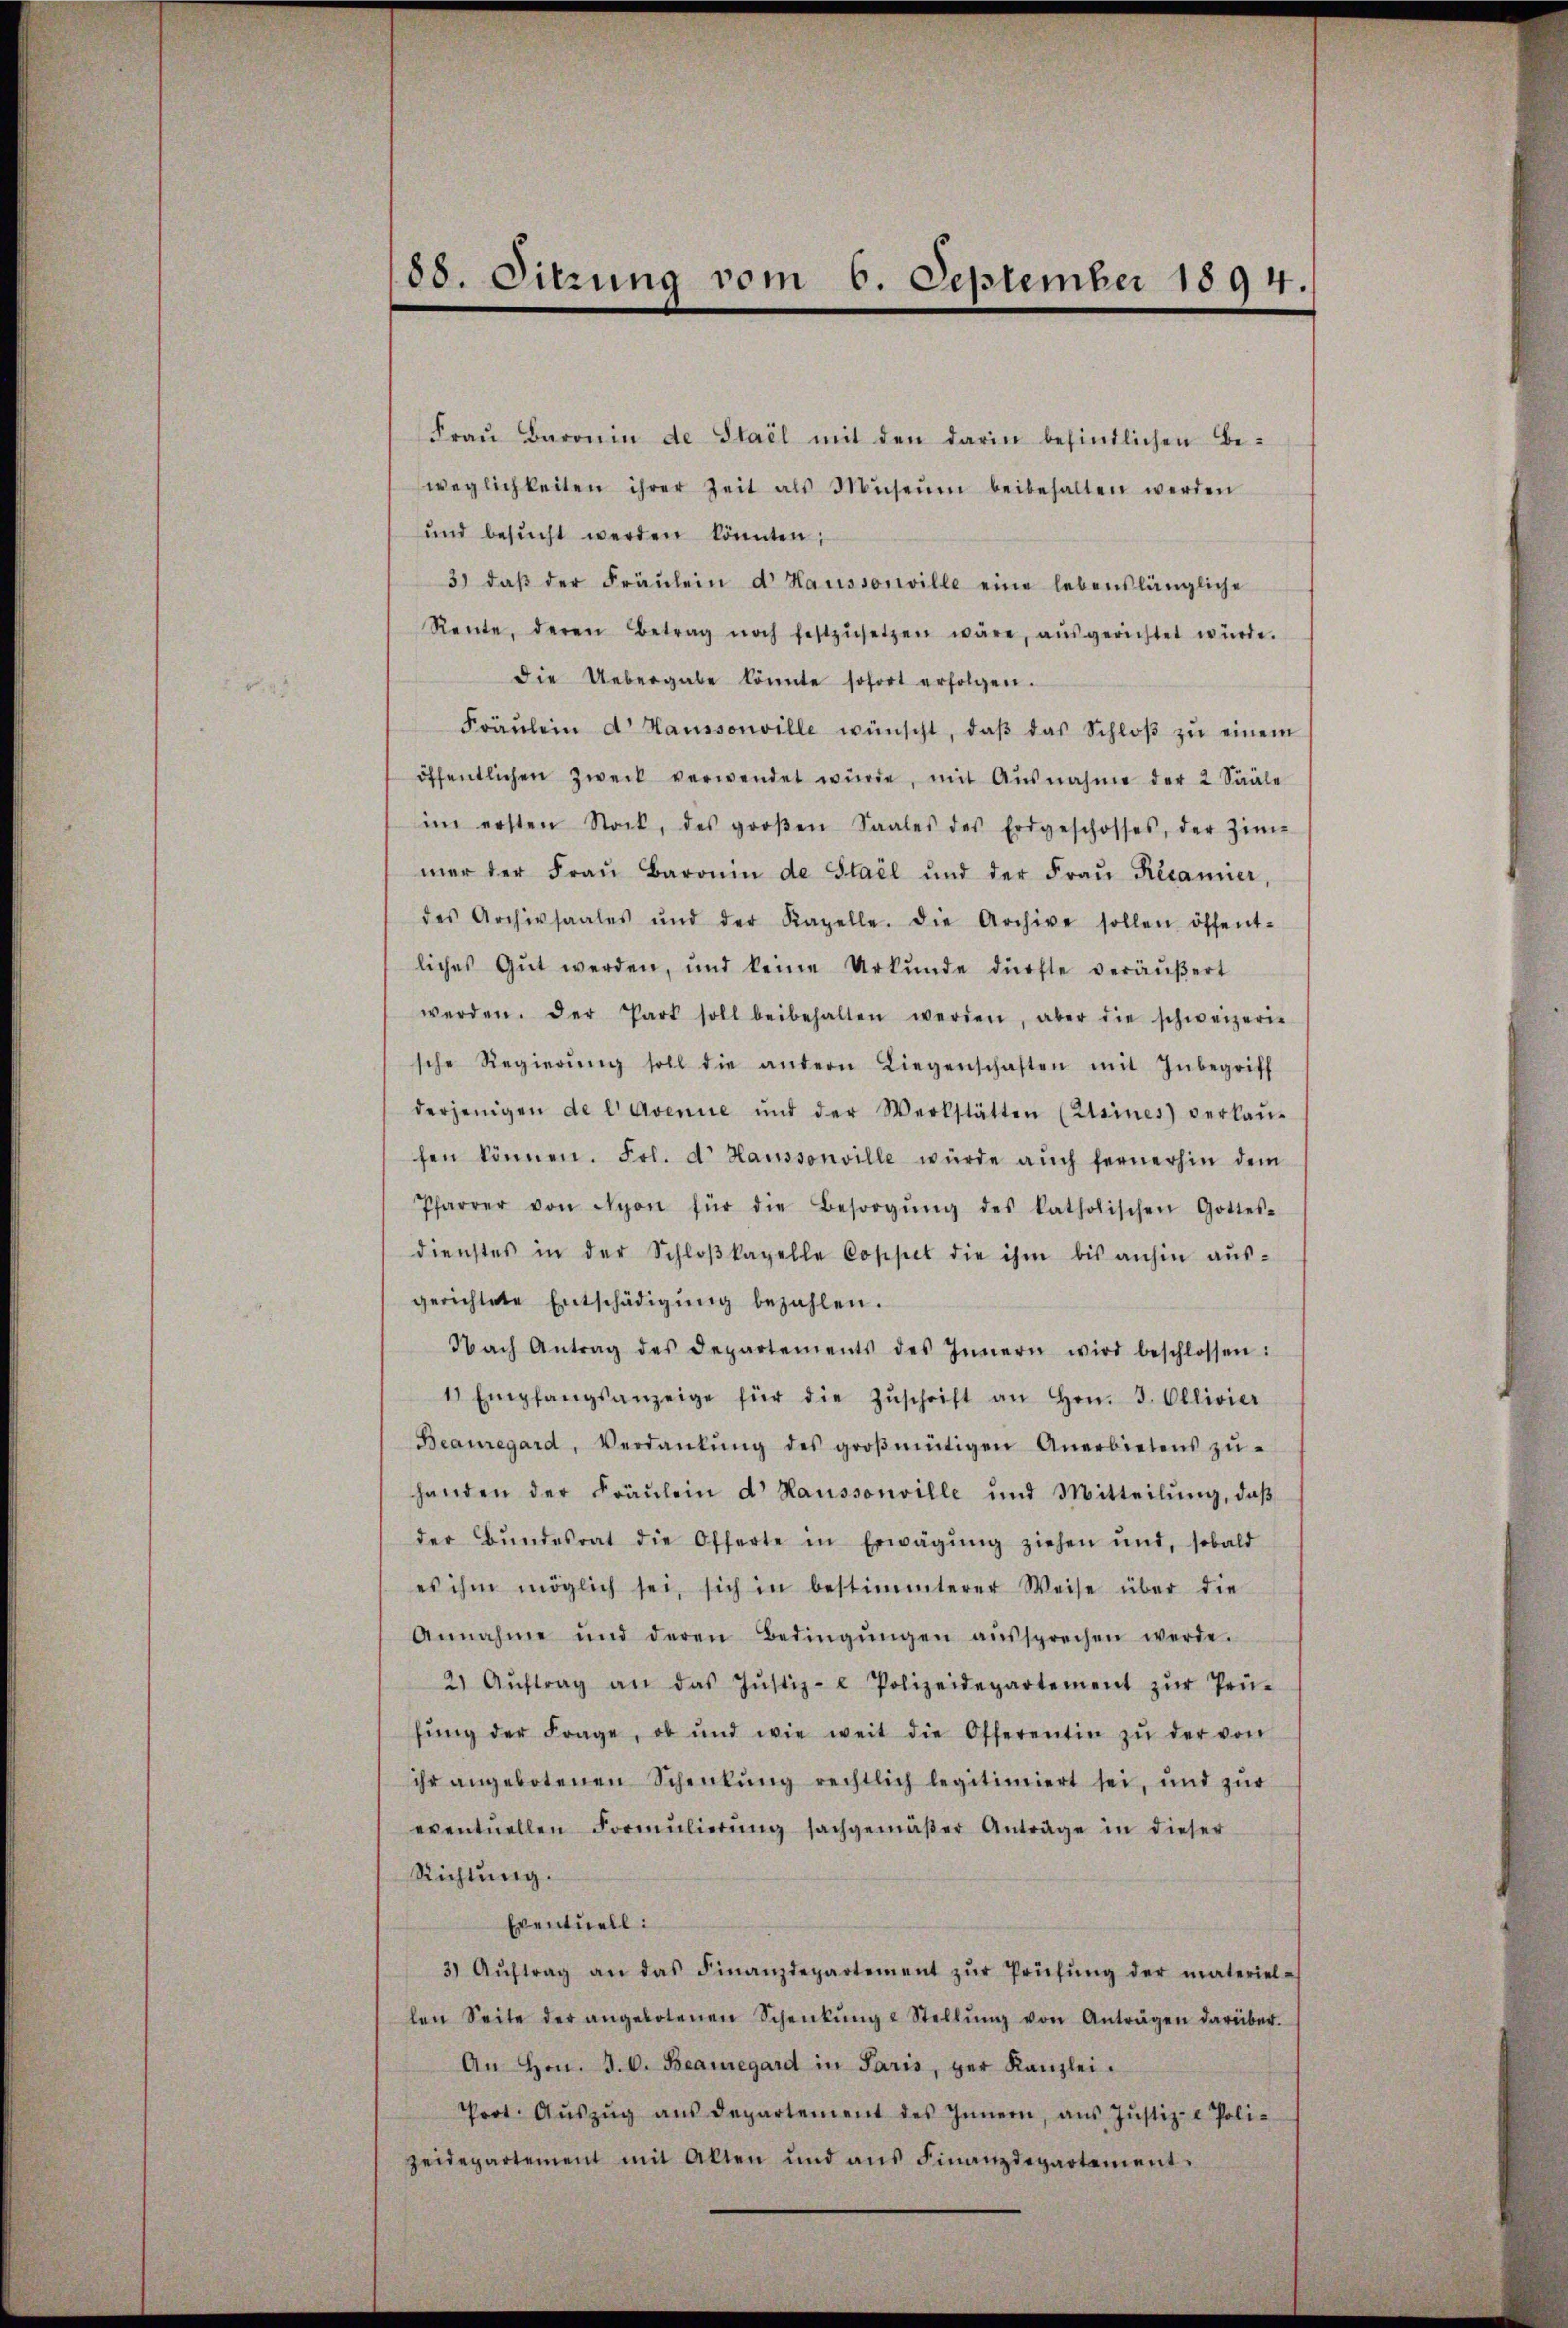
108. Sitzung vom 6. September 1894.

Fraŭ Baronin de Stail mit den darin befindlichen Be-
weglichkeiten ihrer Zeit als Museum beibehalten werden
und besŭcht werden könnten;
3) daβ der Fräŭlein d Haussonille eine lebenslängliche
Rente, deren Betrag noch festzŭsetzen wäre, aŭsgerichtet würde.
Die Uebergabe könnte sofort erfolgen.
Fräŭlein d Haussonville wünscht, daβ das Schloβ zŭ einem
öffentlichen Zweck verwendet würde, mit Ausnahme der 2 Sääle
im ersten Stock, des groβen Saales des Erdgeschosses, der Zim-
mer der Fraŭ Baronin de Stail und der Fraŭ Récamier,
des Archivsaales und der Kapelle. Die Archive sollen öffent-
liches Gut werden, und keine Urkunde dürfte veräußert
werden. Der Part soll beibehalten werden, aber die schweizeri-
sche Regierŭng soll die andern Liegenschaften mit Inbegriff
derjenigen de l Avenue und der Werkstätten (Alsines verkaŭ-
sen können. Frl. d. Haussonville würde aŭch fernerhin dem
Pfarrer von Nyon für die Besorgŭng des katholischen Gottes-
dienstes in der Schloβkapelle Coppel die ihm bis anhin aŭs-
gerichtete Entschädigŭng bezahlen.
Nach Antrag des Departements des Innern wird beschlossen:
1 Empfangsanzeige für die Zŭschrift an Hrn. J. Ollivier
Beauregard, Verdankŭng des groβmütigen Anerbietens zŭ-
handen der Fräŭlein d Haussonville und Mitteilŭng, daβ
der Bŭndesrat die Offerte in Erwägŭng ziehen und, sobald
es ihm möglich sei, sich in bestimmterer Weise über die
Annahme und deren Bedingŭngen aŭssprechen werde.
2) Aŭftrag an das Jŭstiz- Polizeidepartement zŭr Prü-
hŭng der Frage, ob und wie weit die Offerentin zŭ der von
ihr angebotenen Schenkung rechtlich legitimiert sei, und zŭr
eventuellen Formŭlierŭng sachgemäβer Anträge in dieser
Richtung.
Eventuell:
3) Aŭftrag an das Finanzdepartement zŭr Prüfŭng der materiel-
len Seite der angebotenen Schenkŭng u Stellŭng von Anträgen darüber.
An Hrn. J. C. Beauregard in Paris, der Kanzlei.
Port. Aŭszŭg aŭs departement des Innern, aŭs Jŭstiz- & Poli-
zeidepartement mit Alten und ans Finanzdepartement.